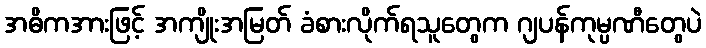
အဓိကအားဖြင့် အကျိုးအမြတ် ခံစားလိုက်ရသူတွေက ဂျပန်ကုမ္ပဏီတွေပဲ